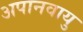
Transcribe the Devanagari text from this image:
अपानवायु